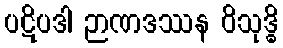
ပဋိပဒါ ဉာဏဒဿန ဝိသုဒ္ဓိ